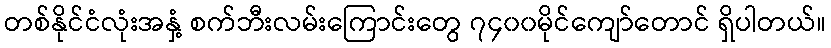
တစ်နိုင်ငံလုံးအနှံ့ စက်ဘီးလမ်းကြောင်းတွေ ၇၄၀၀မိုင်ကျော်တောင် ရှိပါတယ်။